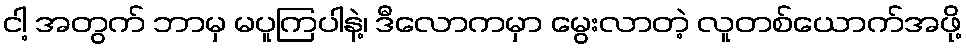
ငါ့ အတွက် ဘာမှ မပူကြပါနဲ့၊ ဒီလောကမှာ မွေးလာတဲ့ လူတစ်ယောက်အဖို့